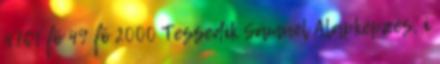
4761 fõ 49 fõ 2000 Tessedik Sámuel Alapképzés, i